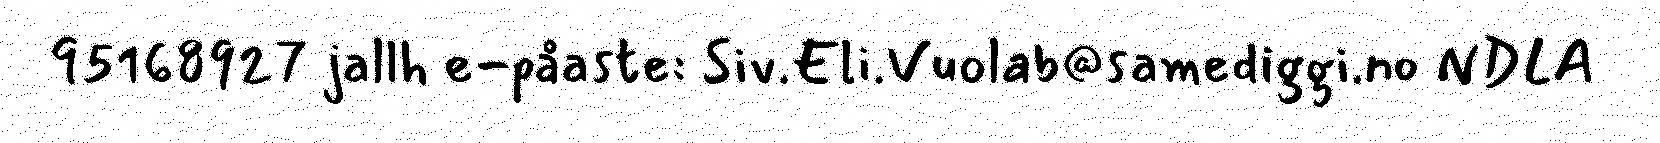
95168927 jallh e-påaste: Siv.Eli.Vuolab@samediggi.no NDLA